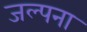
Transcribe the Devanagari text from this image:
जल्पना